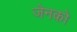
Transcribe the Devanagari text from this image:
जेनको